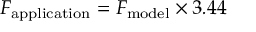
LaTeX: F _ { \mathrm { a p p l i c a t i o n } } = F _ { \mathrm { m o d e l } } \times 3 . 4 4